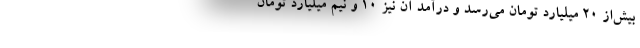
بیش‌از ۲۰ میلیارد تومان می‌رسد و درآمد آن نیز ۱۰ و نیم میلیارد تومان